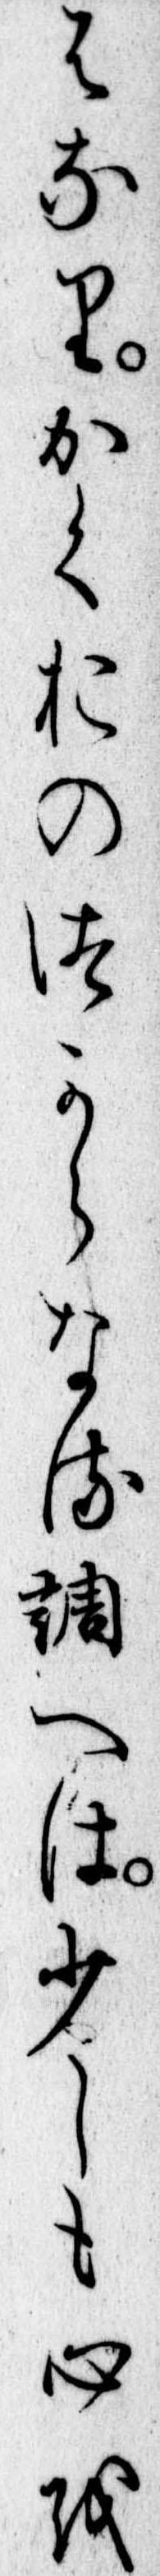
はなりかくおのつからなる調へは少しも心を